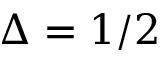
\Delta = 1 / 2